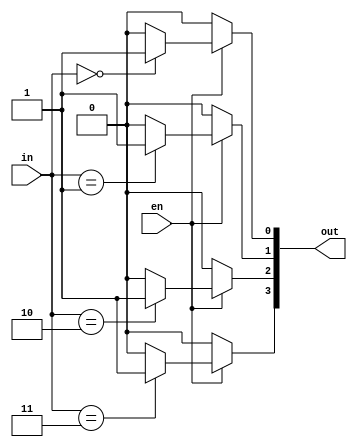
module decoder_param_en (out, in, en);

   parameter BITS = 2;
   parameter SIZE = 4;

   output [SIZE - 1:0] out;
   input [BITS - 1:0] in;
   input en;

   reg [SIZE -1: 0] out;
   integer i;

   always @ (in or en)
      begin
         for(i = 0; i < SIZE; i = i + 1)
         begin
            out[i] = en ? ((in == i) ? 1'b1 : 1'b0) : 1'b0;
         end
      end

endmodule